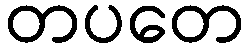
တပတေ